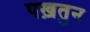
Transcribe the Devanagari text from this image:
पख़तुन